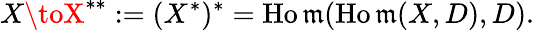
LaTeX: X\toX^{**}:=(X^{*})^{*}=\operatorname{Ho\mathfrak{m}}(\operatorname{Ho\mathfrak{m}}(X,D),D).